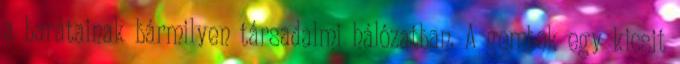
a barátainak bármilyen társadalmi hálózatban. A gombok egy kicsit